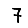
Digit: 7